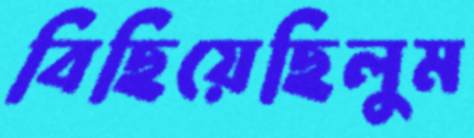
বিছিয়েছিলুম